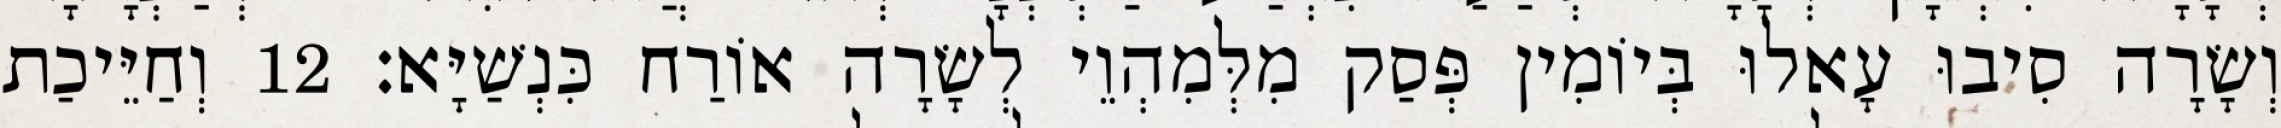
וְשָׂרָה סִיבוּ עָאלוּ בְּיוֹמִין פְּסַק מִלְּמִהְוֵי לְשָׂרָה אוֹרַח כִּנְשַׁיָּא׃ 12 וְחַיֵּיכַת